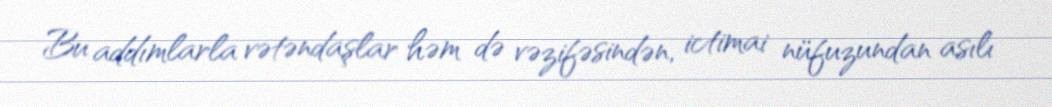
Bu addımlarla vətəndaşlar həm də vəzifəsindən, ictimai nüfuzundan asılı